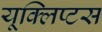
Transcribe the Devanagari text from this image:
यूक्लिप्टस